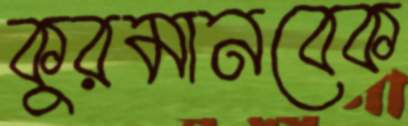
কুরমানবেক